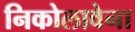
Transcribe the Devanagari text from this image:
निकोलावेना